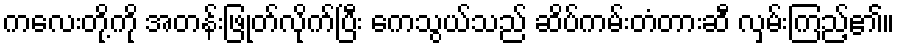
ကလေးတို့ကို အတန်းဖြုတ်လိုက်ပြီး ကေသွယ်သည် ဆိပ်ကမ်းတံတားဆီ လှမ်းကြည့်၏။